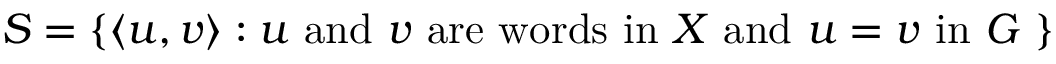
S = \{ \langle u , v \rangle : u { \mathrm { ~ a n d ~ } } v { \mathrm { ~ a r e ~ w o r d s ~ i n ~ } } X { \mathrm { ~ a n d ~ } } u = v { \mathrm { ~ i n ~ } } G \ \}